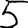
Digit: 5